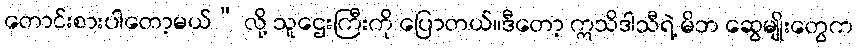
တောင်းစားပါတော့မယ်” လို့ သူဌေးကြီးကို ပြောတယ်။ဒီတော့ ဣသိဒါသီရဲ့ မိဘ ဆွေမျိုးတွေက